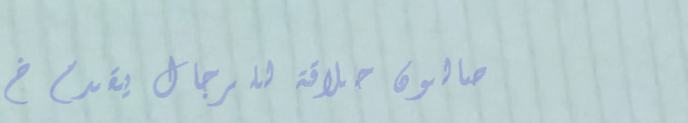
صالون حلاقة للرجال يقدم خ